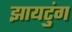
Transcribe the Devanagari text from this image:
झायटुंग